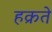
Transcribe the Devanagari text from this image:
हक्रते